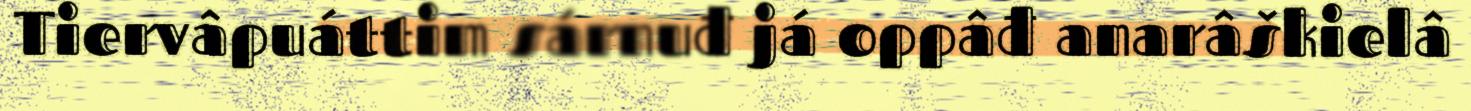
Tiervâpuáttim sárnuđ já oppâđ anarâškielâ